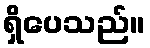
ရှိပေသည်။